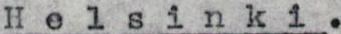
Helsinki.